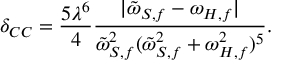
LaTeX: \delta _ { C C } = \frac { 5 \lambda ^ { 6 } } { 4 } \frac { \vert \tilde { \omega } _ { S , f } - \omega _ { H , f } \vert } { \tilde { \omega } _ { S , f } ^ { 2 } ( \tilde { \omega } _ { S , f } ^ { 2 } + \omega _ { H , f } ^ { 2 } ) ^ { 5 } } .